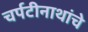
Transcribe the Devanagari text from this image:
चर्पटीनाथांचे